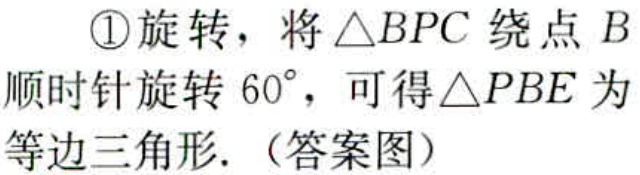
\textcircled{1}旋转，将\(\triangle BPC\)绕点\(B\)顺时针旋转\(60^{\circ}\)，可得\(\triangle PBE\)为等边三角形.（答案图）